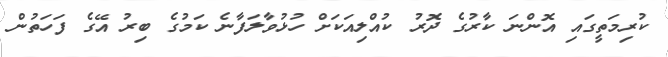
ކުރިމަތީގައި އޮންނަ ކާރުގެ ދޮރު ކުއްލިއަކަށް ހުޅުވާލަފާނެ ކަމުގެ ބިރު އޭގެ ފަހަތުން